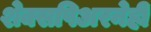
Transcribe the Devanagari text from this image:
शेक्सपिअरनेही